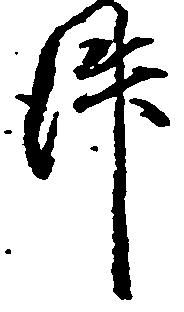
件